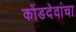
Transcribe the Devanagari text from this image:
कोंडदेवांचा